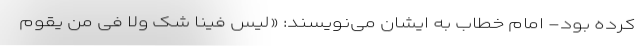
کرده بود- امام خطاب به ایشان می‌نویسند: «لیس فینا شک ولا فی من یقوم